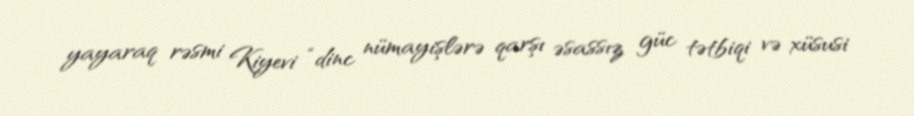
yayaraq rəsmi Kiyevi “dinc nümayişlərə qarşı əsassız güc tətbiqi və xüsusi